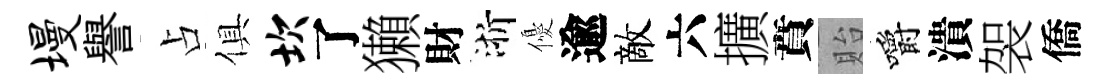
墁譽占俱坎了獺財浙優逾敵六擴賁貽嚼潰袈僑